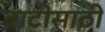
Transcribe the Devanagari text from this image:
बाटीसाठी